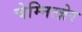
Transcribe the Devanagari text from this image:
चेम्नित्ज़ेर